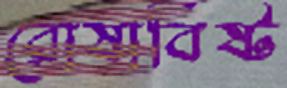
রোষাবিষ্ট